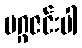
မဂ္ဂဇင်းပါ